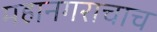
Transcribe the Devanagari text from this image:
महानगराचाच